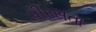
પીરસતા